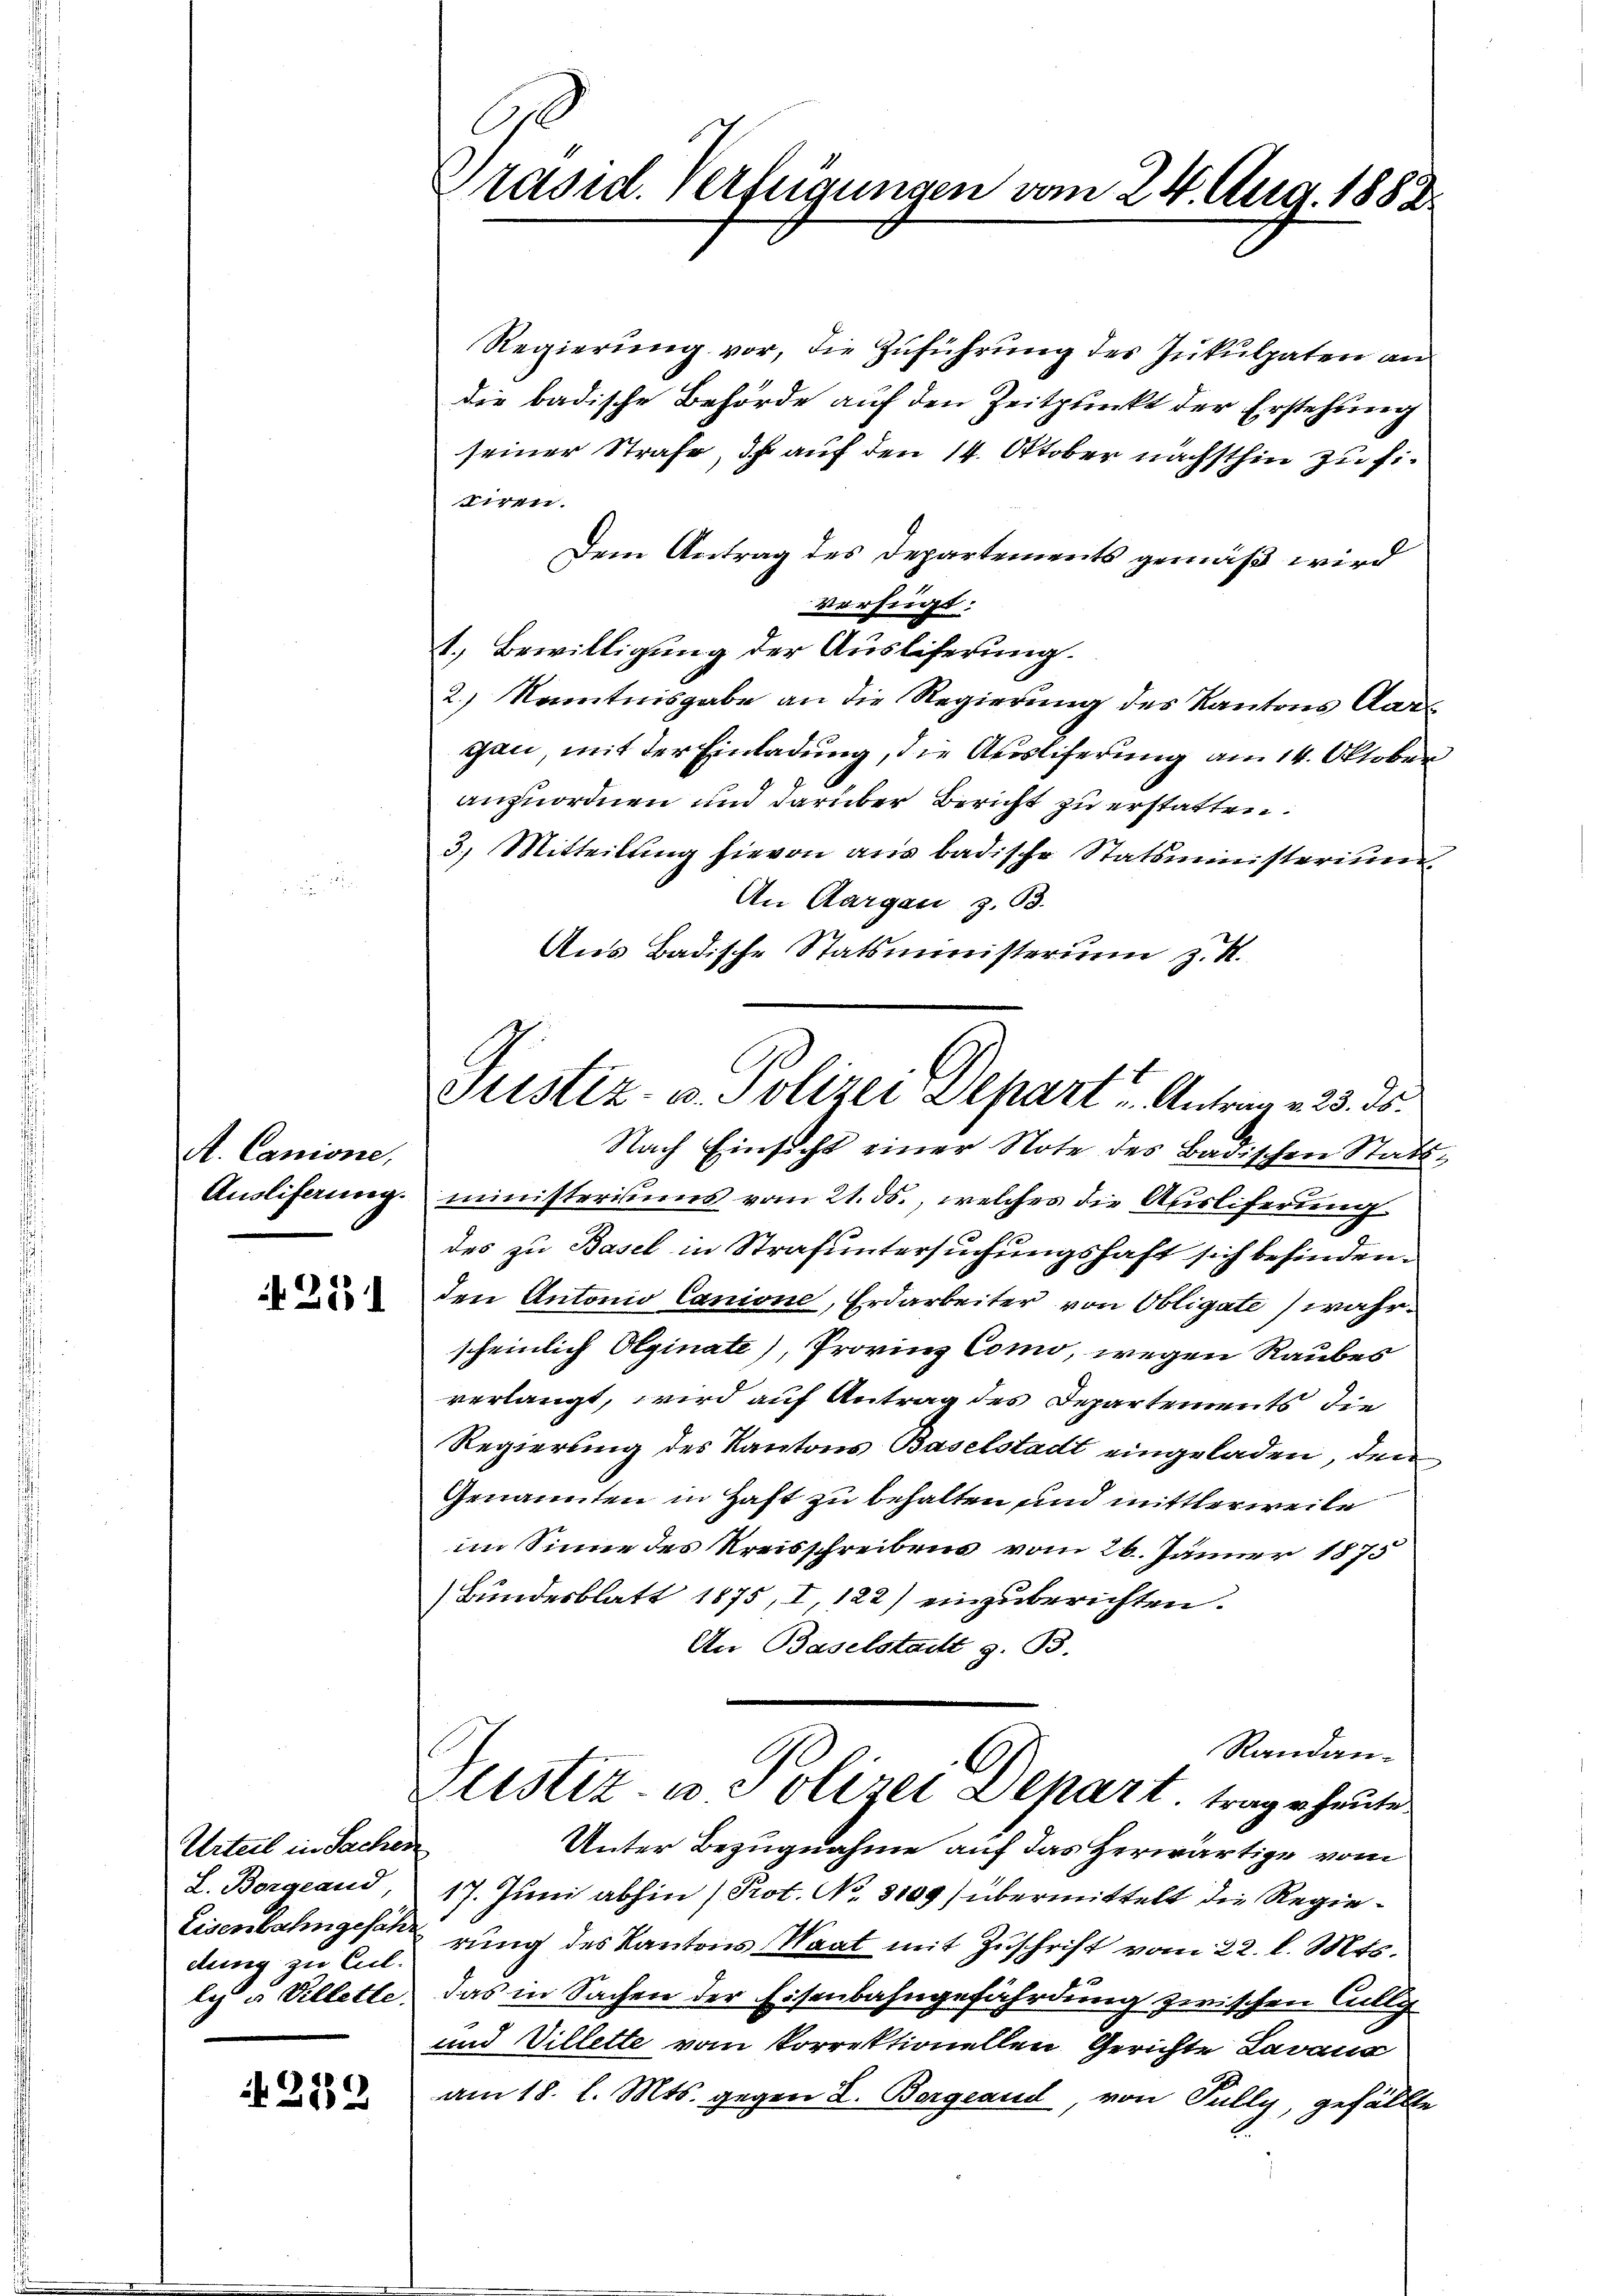
A. Canione,

211

Urteil in Sachen
L. Borgeand,
Eisenbahngesehe
dlung zu Eil.
lez u Villette.

219

Präsid. Verfügungen vom 24. Aug. 1888.

Justiz- u. Polizei Depart u. Antrag v. 23. ds.

Regierung vor, die Zuführung des Inkulpaten an
die badische Behörde auf den Zeitpunkt der Erstehung
seiner Strafe, dß auf den 14. Oktober nächsthin zu sitiren.
Dem Antrag des Departements gemäß wird
verfeigt.
1.) Bewilligung der Ausliferung.
2.) Kenntnisgabe an die Regierung des Kantons Aargan, mit der Einladung, die Ausliferung am 14. Oktober
anzuordnen und darüber Bericht zu erstatten:
3.) Mitteilung hievon aus badische Statsministerium
An Aargau z. 63.
Aus Badische Statsministerim z. S.
Nach Einsicht einer Note des Badischen Statt¬
Ausliferung. Ministerisiums vom 21. ds., welches die Ausliferung
des zu Basel in Strafuntersuchungshaft sich befinden.
den Antonio Canione, Erdarbeiter von Obligate wahrscheinlich Olginate), Provinz Como, wegen Raubes
verlangt, wird auf Antrag des Departements die
Regierung des Kantons Baselstadt eingeladen, den
Genannten in Haft zu behalten und mittlerweile
im Sinne des Kreisschreibens vom 26. Jänner 1875
Bundesblatt 1875, I 122) einzuberichten.
An Baselstadt z. B.
Randan¬
Justiz- u Polizei Depart trag heute
Unter Bezugnahme auf das Herwärtige vom
17. Juni abhin (Prot. No. 3109) übermittelt die Regierung des Kantons Saat mit Zuschrift vom 22. l. Mts.
das in Sachen der Eisenbahngefährdung zwischen Cully
und Villette vom Vorrektionellen Gerichte Lavaus
am 18. l. Mts. gegen L. Borgeaud, von Pully, gefällte